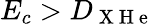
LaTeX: E_{c}>D_{\mathrm{~X~H~e~}}